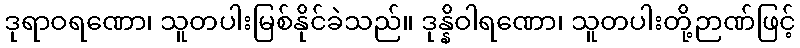
ဒုရာဝရဏော၊ သူတပါးမြစ်နိုင်ခဲသည်။ ဒုန္နိဝါရဏော၊ သူတပါးတို့ဉာဏ်ဖြင့်